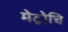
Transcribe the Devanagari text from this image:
मेट्रोचि